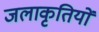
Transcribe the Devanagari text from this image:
जलाकृतियों